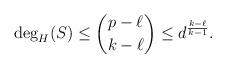
LaTeX: \begin{align*} \deg_H(S)\leq \binom{p-\ell}{k-\ell}\leq d^{\frac{k-\ell}{k-1}}.\end{align*}